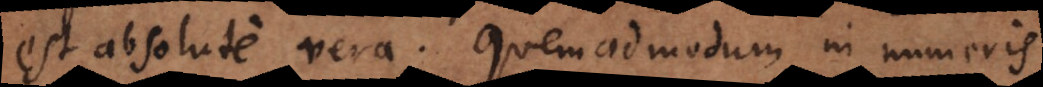
est absolute vera. Quemadmodum in numeris